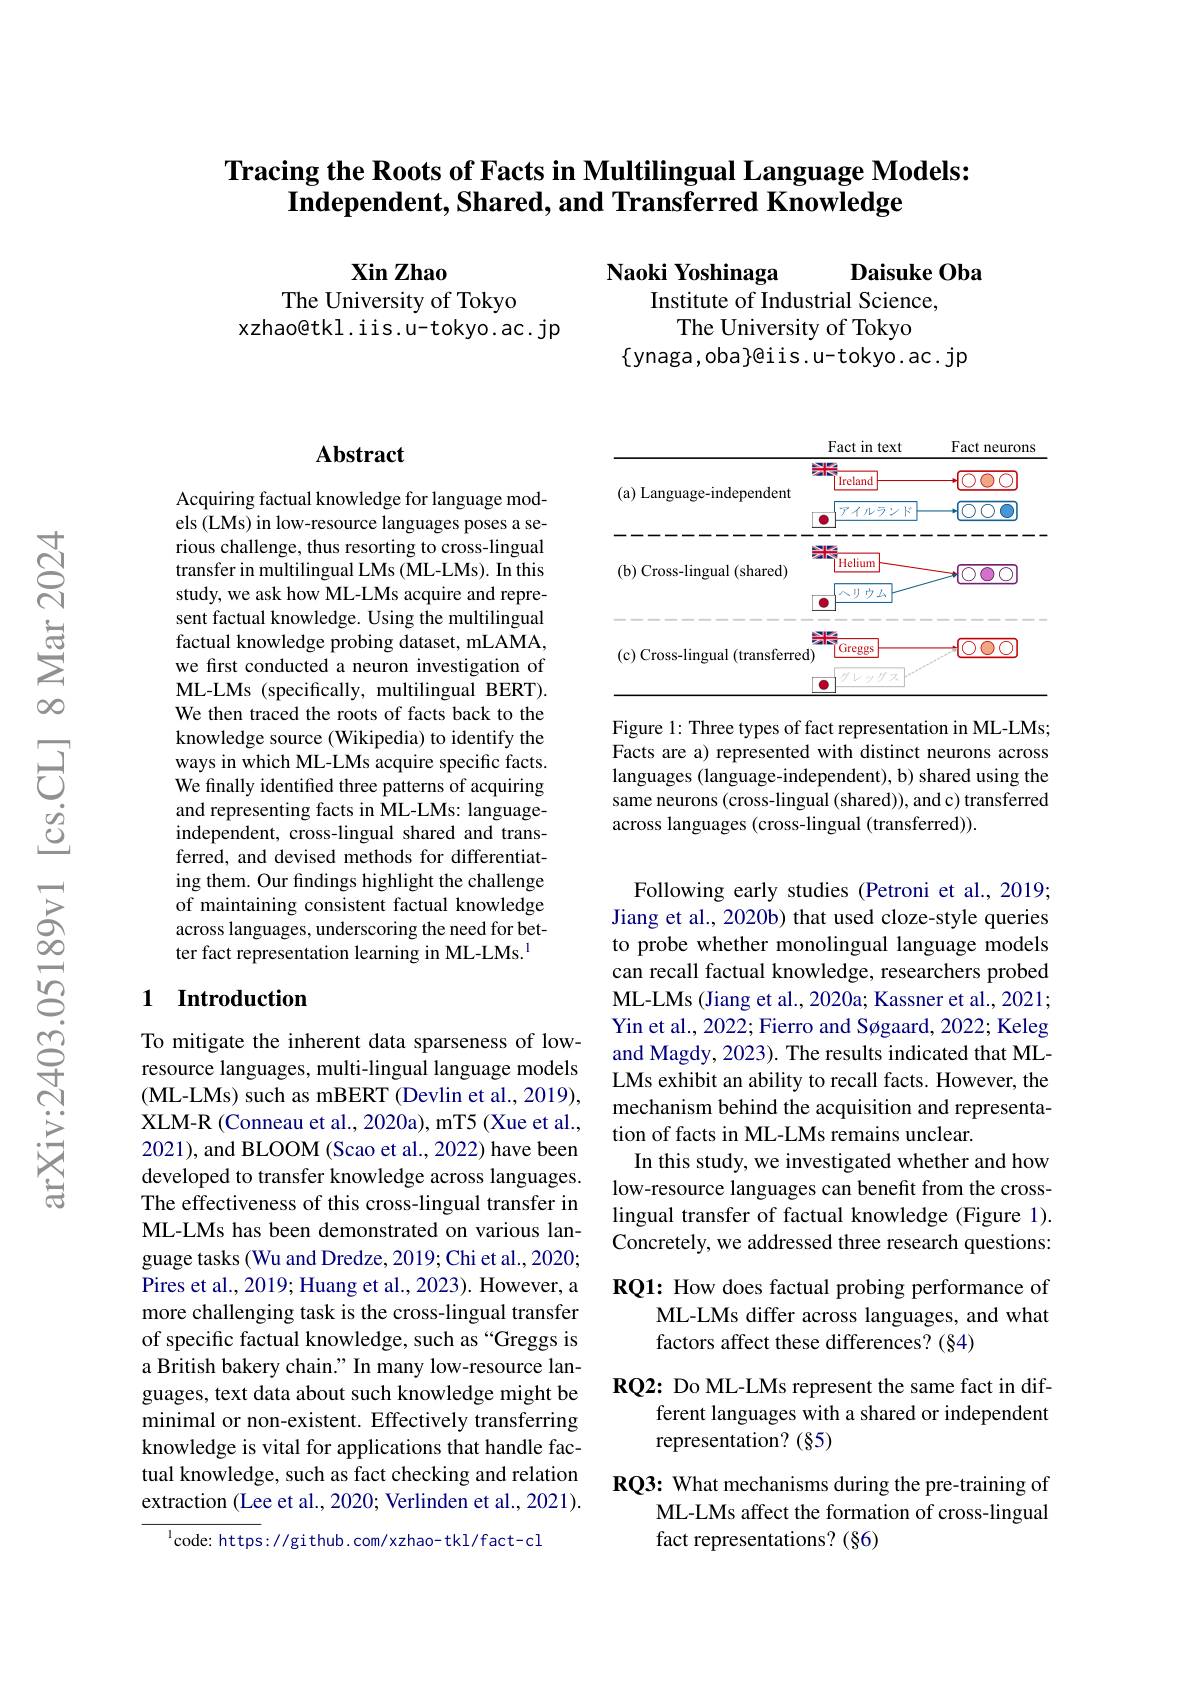
## Tracing the Roots of Facts in Multilingual Language Models: $I$ndependent, Shared, and Transferred Knowledge

Daisuke Oba

$\mathbf{Xin}\mathbf{Zhao}$
The University of Tokyo
xzhao@tkl.iis.u-tokyo.ac.jp

Naoki Yoshinaga
Institute of Industrial Science,
The University of Tokyo
$\{$ynaga,oba}@iis.u-tokyo.ac.jp

## Abstract

Acquiring factual knowledge for language models (LMs) in low-resource languages poses a serious challenge, thus resorting to cross-lingual transfer in multilingual LMs (ML-LMs). In this study, we ask how ML-LMs acquire and represent factual knowledge. Using the multilingual factual knowledge probing dataset, mLAMA, we first conducted a neuron investigation of ML-LMs (specifically, multilingual BERT). We then traced the roots of facts back to the knowledge source (Wikipedia) to identify the ways in which ML-LMs acquire specific facts. We finally identified three patterns of acquiring and representing facts in ML-LMs: languageindependent, cross-lingual shared and transferred, and devised methods for differentiating them. Our findings highlight the challenge of maintaining consistent factual knowledge across languages, underscoring the need for better fact representation learning in ML-LMs.$^{\mathrm{l}}$

## 1 Introduction

To mitigate the inherent data sparseness of lowresource languages, multi-lingual language models (ML-LMs) such as mBERT (Devlin et al., 2019), XLM-R (Conneau et al., 2020a), mT5 (Xue et al., 2021), and BLOOM (Scao et al., 2022) have been developed to transfer knowledge across languages. The effectiveness of this cross-lingual transfer in ML-LMs has been demonstrated on various language tasks (Wu and Dredze, 2019; Chi et al., 2020; Pires et al., 2019; Huang et al., 2023). However, a more challenging task is the cross-lingual transfer of specific factual knowledge, such as “Greggs is a British bakery chain." In many low-resource languages, text data about such knowledge might be minimal or non-existent. Effectively transferring knowledge is vital for applications that handle factual knowledge, such as fact checking and relation extraction (Lee et al., 2020; Verlinden et al., 2021).

$^{1}$code: https://github. com/xzhao- tkl/fact-cl

<FigureHere>

Figure 1: Three types of fact representation in ML-LMs; Facts are a) represented with distinct neurons across languages (language-independent), b) shared using the same neurons (cross-lingual (shared)), and c) transferred across languages (cross-lingual (transferred)).

Following early studies (Petroni et al., 2019; Jiang et al., 2020b) that used cloze-style queries to probe whether monolingual language models can recall factual knowledge, researchers probed ML-LMs (Jiang et al., 2020a; Kassner et al., 2021; Yin et al., 2022; Fierro and Søgaard, 2022; Keleg and Magdy, 2023). The results indicated that MLLMs exhibit an ability to recall facts. However, the mechanism behind the acquisition and representation of facts in ML-LMs remains unclear.
In this study, we investigated whether and how low-resource languages can benefit from the crosslingual transfer of factual knowledge (Figure 1). Concretely, we addressed three research questions: RQ1: How does factual probing performance of
ML-LMs differ across languages, and what
factors affect these differences? (§4)

RQ2: Do ML-LMs represent the same fact in dif-

ferent languages with a shared or independent

representation? (§5)

RQ3: What mechanisms during the pre-training of
ML-LMs affect the formation of cross-lingual
fact representations? (§6)